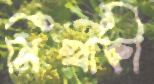
নিখাকী